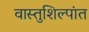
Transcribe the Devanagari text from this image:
वास्तुशिल्पांत